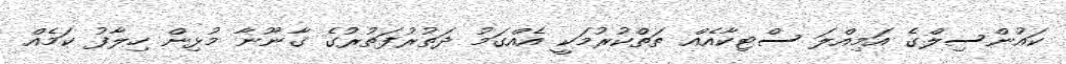
ކައުންސިލްގެ އަމިއްލަ ސްޓިކާއެއް ތަތްކުރުމަކީ އެއްގަމު ދަތުރުފަތުރުގެ ގާނޫނާ މުޅިން ހިލާފު ކަމެއް